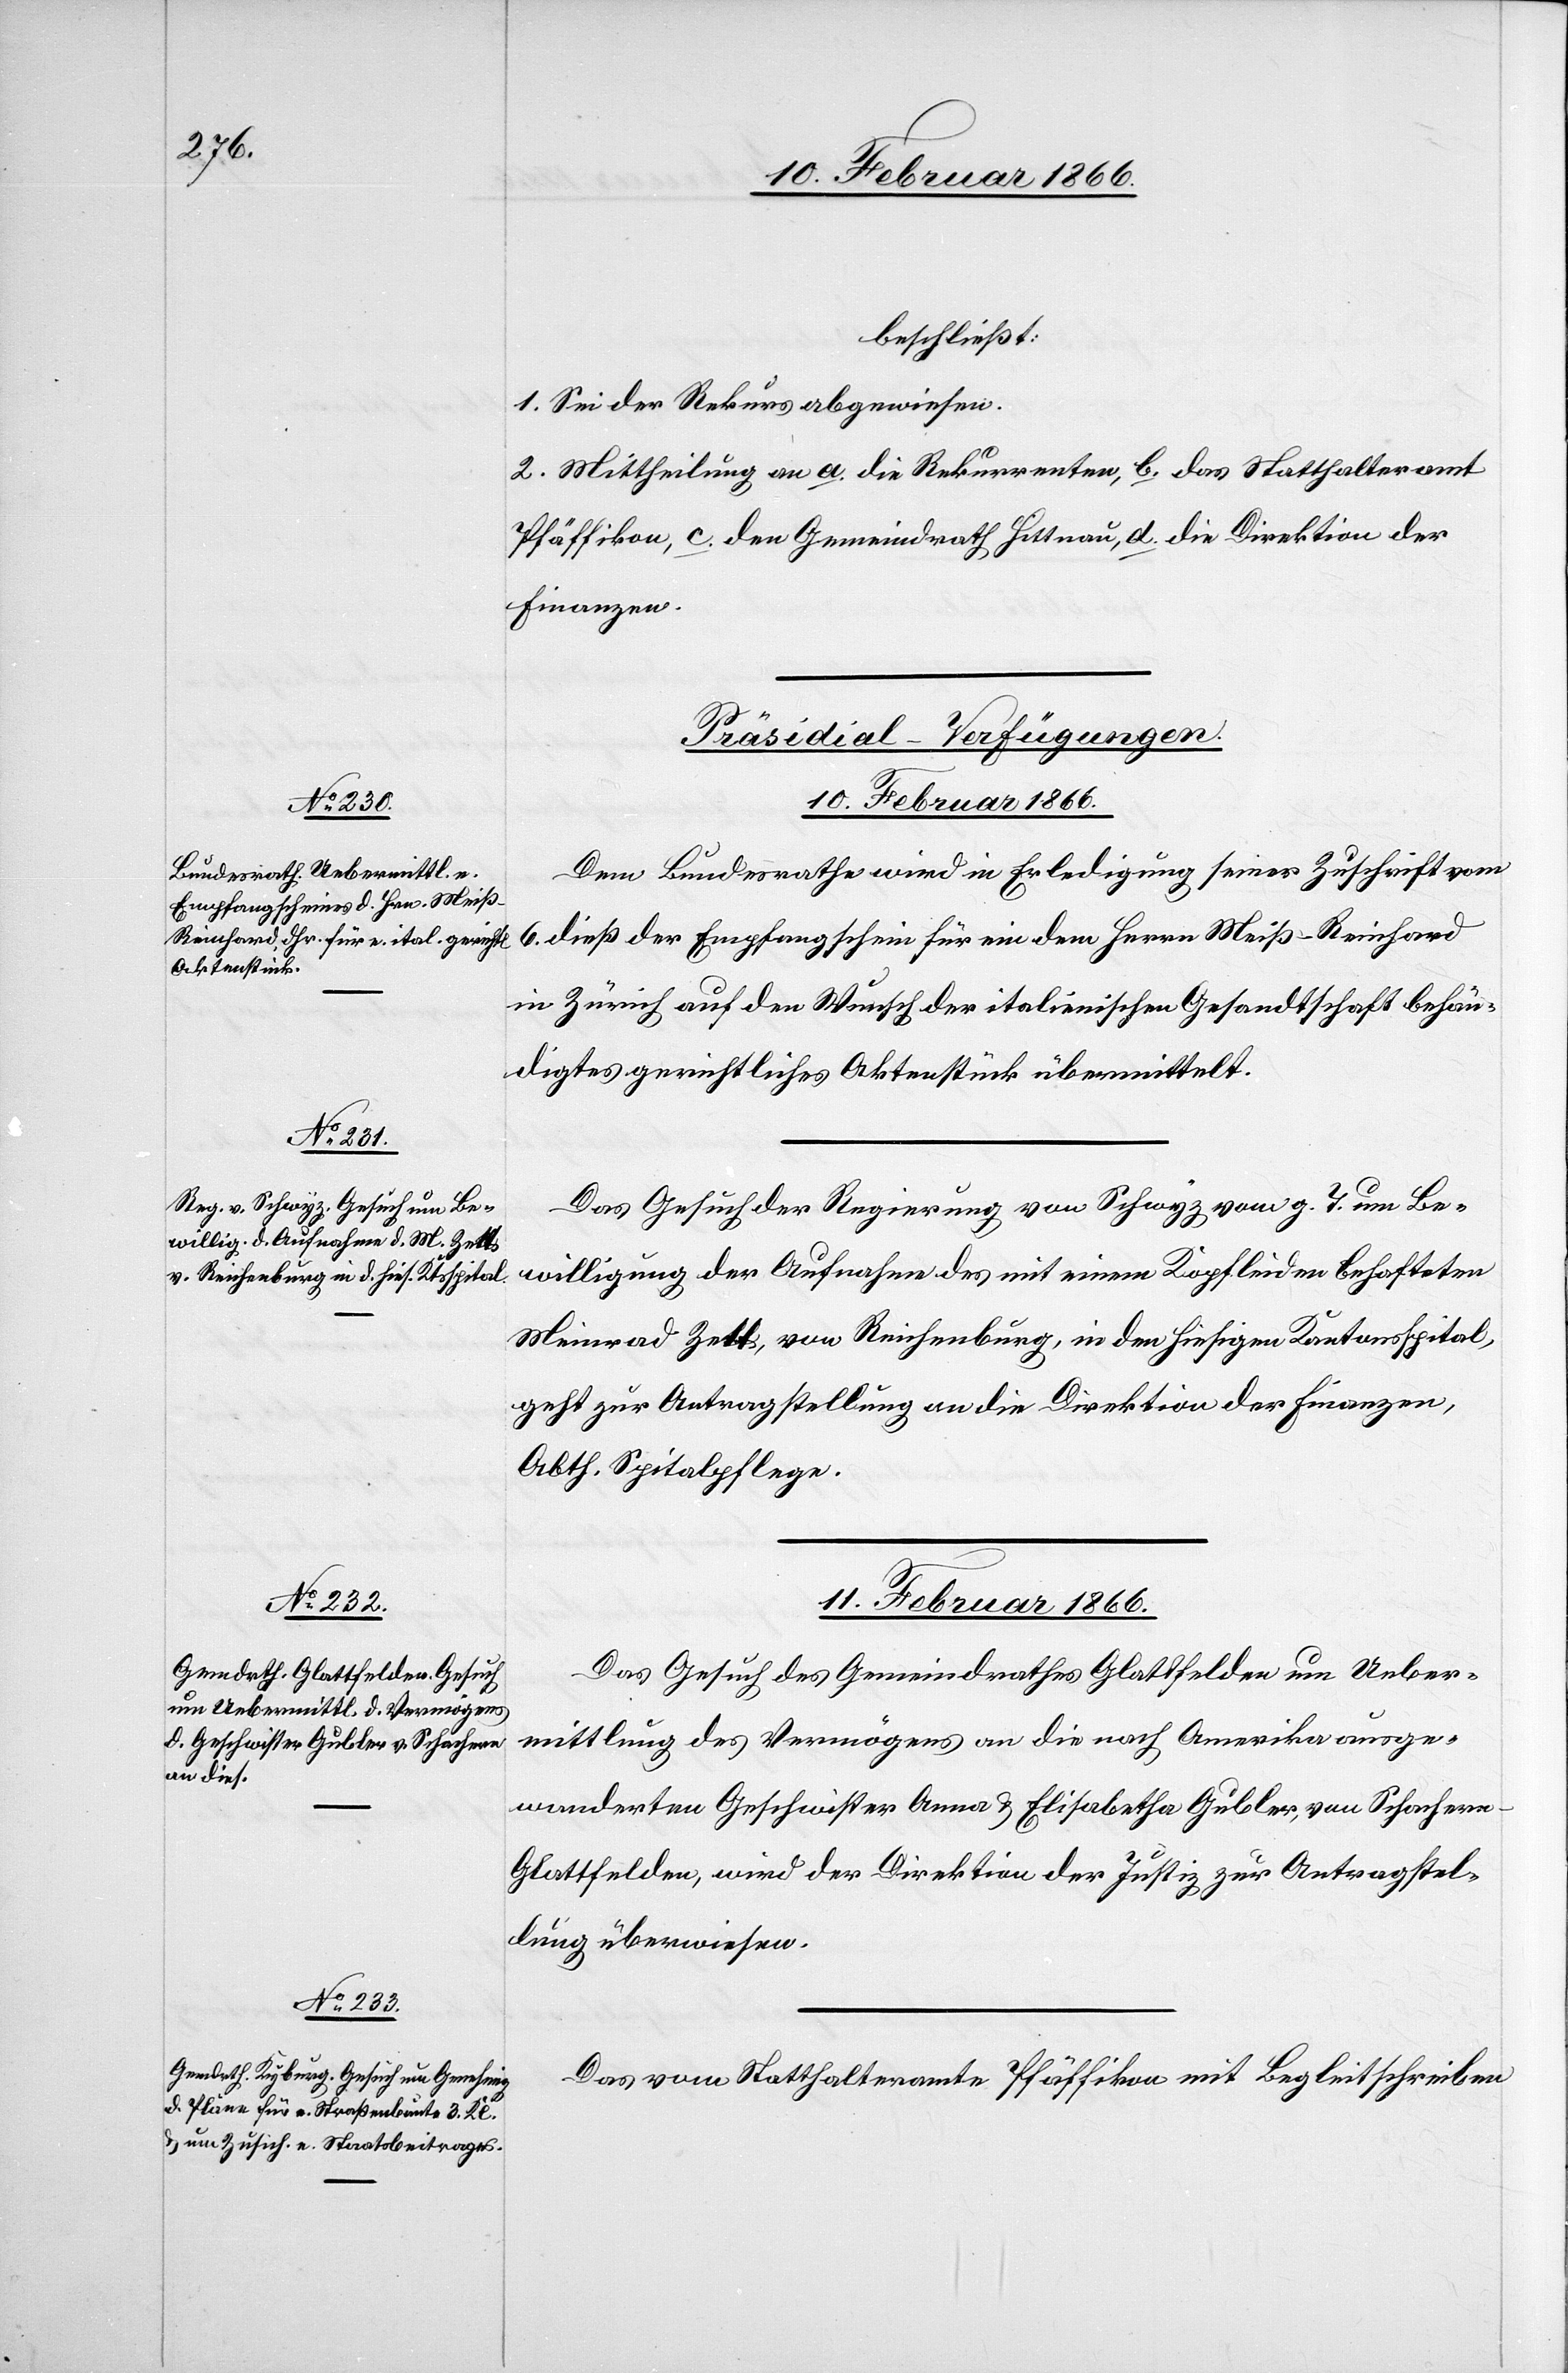
beschließt:
1. Sei der Rekurs abgewiesen.
2. Mittheilung an a. die Rekurrenten, b. das Statthalteramt
Pfäffikon, c. den Gemeindrath Hittnau, d. die Direktion der
Finanzen.
[Präsidial-Verfügungen.
10. Februar 1866.]
Dem Bundesrathe wird in Erledigung seiner Zuschrift vom
6. dieß der Empfangschein für ein dem Herrn Meiß-Reinhard
in Zürich auf den Wunsch der italienischen Gesandtschaft behän¬
digtes gerichtliches Aktenstück übermittelt.
Das Gesuch der Regierung von Schwyz vom g. T. um Be¬
willigung der Aufnahme des mit einem Kopfleiden behafteten
Meinrad Zell [sic!], von Reichenburg, in den hiesigen Kantonsspital,
geht zur Antragstellung an die Direktion der Finanzen,
Abth. Spitalpflege.
11. Februar 1866.]
Das Gesuch des Gemeindrathes Glattfelden um Ueber¬
mittlung des Vermögens an die nach Amerika ausge¬
wanderten Geschwister Anna u. Elisabetha Gubler, von Schachern
Glattfelden, wird der Direktion der Justiz zur Antragstel¬
lung überwiesen.
Das vom Statthalteramte Pfäffikon mit Begleitschreiben